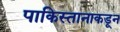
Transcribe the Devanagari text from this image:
पाकिस्तानाकडून